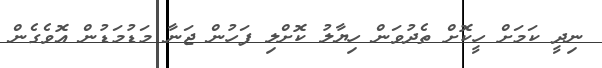
ނިދީ ކަމަށް ހީކޮށް ތެދުވަން ހިޔާލު ކޮށްލި ފަހުން ޖަނާ މަޑުމަޑުން އޮވެގެން